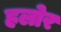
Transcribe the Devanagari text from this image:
हलोर